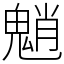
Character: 魈